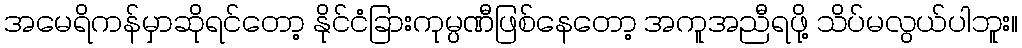
အမေရိကန်မှာဆိုရင်တော့ နိုင်ငံခြားကုမ္ပဏီဖြစ်နေတော့ အကူအညီရဖို့ သိပ်မလွယ်ပါဘူး။